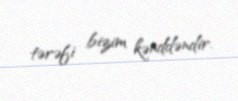
tərəfi bizim kənddəndir.